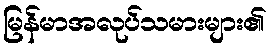
မြန်မာအလုပ်သမားများ၏